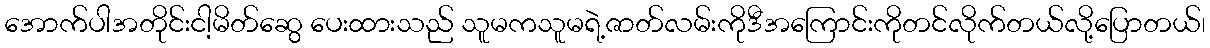
အောက်ပါအတိုင်းငါ့မိတ်ဆွေ ပေးထားသည် သူမကသူမရဲ့ဇာတ်လမ်းကိုဒီအကြောင်းကိုတင်လိုက်တယ်လို့ပြောတယ်၊